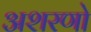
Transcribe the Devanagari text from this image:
अशरणो